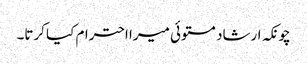
چونکہ ارشاد مستوئی میرا احترام کیا کرتا۔